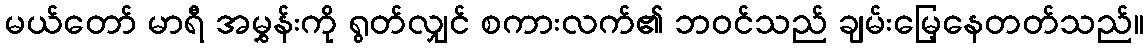
မယ်တော် မာရီ အမွှန်းကို ရွတ်လျှင် စကားလက်၏ ဘဝင်သည် ချမ်းမြေ့နေတတ်သည်။